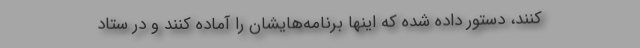
کنند، دستور داده شده که اینها برنامه‌هایشان را آماده کنند و در ستاد